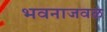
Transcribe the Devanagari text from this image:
भवनाजवळ